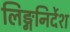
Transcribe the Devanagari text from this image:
लिङ्गनिर्देश